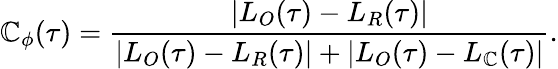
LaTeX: \mathbb{C}_{\phi}(\tau)=\frac{{|L_{O}(\tau)-L_{R}(\tau)|}}{{|L_{O}(\tau)-L_{R}(\tau)|+|L_{O}(\tau)-L_{\mathbb{C}}(\tau)|}}.